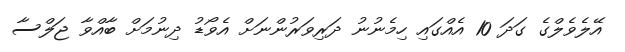
އޭލެވެލްގެ ގަދަ 10 އެއްގައި ހިމެނުނު ދަރިވަރުންނަށް އެވޯޑު ދިނުމަށް ބާއްވާ ޖަލްސާ